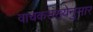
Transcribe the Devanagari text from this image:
वाचकसंख्येनुसार